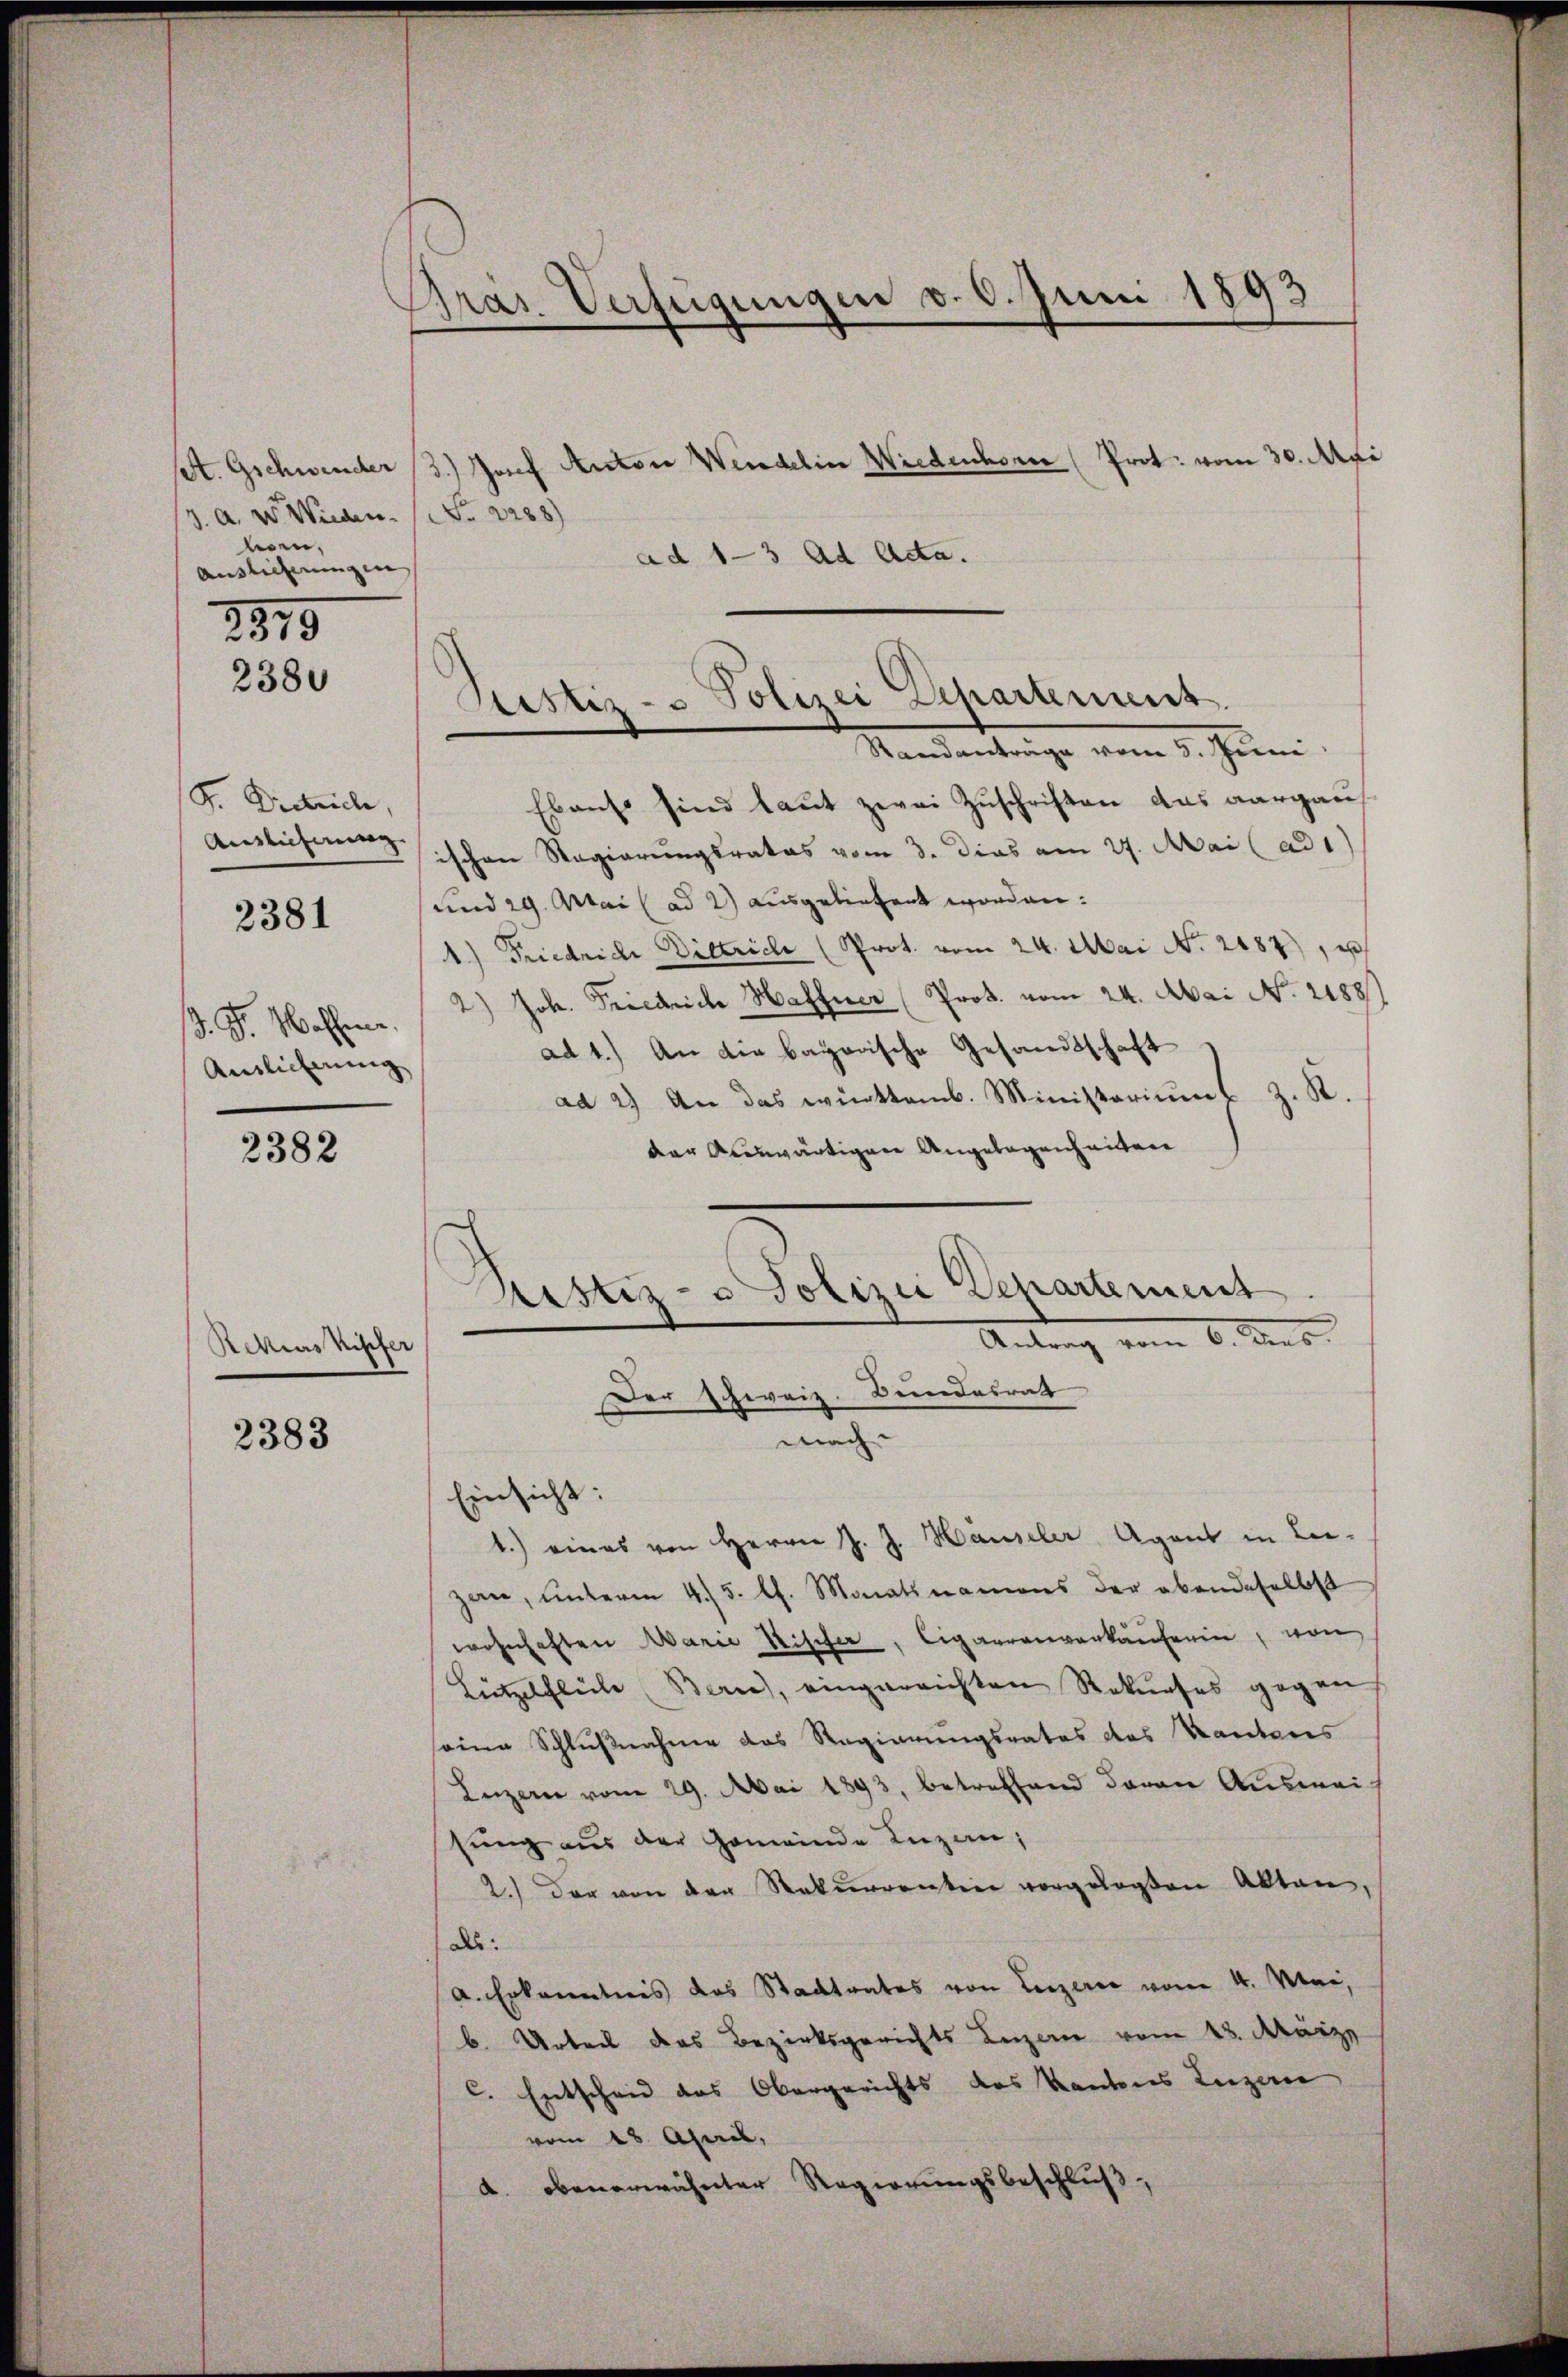
/3. a. W. Wieden Fr. 1288)
lesen,
Auslieferungen
1875

2380

S. Dietrich,
Auslieferung
2381

d. J. Wahlen.
Anslicherung

2382

Ackius Kipfer

2383

Gras. Verfügungen v. 6. Juni 1893

set. Gschwender 3.) Josef Anton Wendelin Wiedenchore Prot. vom 30. Mai
ad 1-3 Ad Acta.

Sistiz- & Polizei Departement.
Mandantenige vom 3. Juni

Ebenso sind laut zwei Zuschriften das aargaus
ischen Regierungsrates vom 3. Dies am 27. Mai (ad 1)
und 29. Mai (ad 2) ausgeliefert worden:
1.) Friedrich Dittrich (Prot. vom 24. Mai No 2187), u
2.) Joh. Friedriche Hafner Prot. vom 24. Mai No. 21881,
ad 1.) An die bayerische Gesandtschaft
ad 2.) An das württemb. Ministeriums z. R.
der Auswärtigen Angelegenheiten
mach
Einsicht:
1.) eines von Herrn J. J. Häuseler, Agent in Lei-
zan, unterm 4. 5. lt. Monatsnamens der obendeselbst
wohnhaften Marie Nischer, Cigarrenverkäuferin, von
Lützelfliche Berne), eingereichten Rekurses gegen
seine Schlußnahme des Regierungsrates des Kantons
Luzern vom 29. Mai 1893, betreffend daran Auswei
sung aus der Gemeinde Luzan;
2.) Der von der Rekŭrrenten vorgelegten Akten,
als:
(a. Erkanntnis das Stadtrates von Luzern vom 4. Mai,
b. Urteil das Bezirksgerichts Luzern vom 13. März,
C. Entscheid des Obergerichts des Kantons Luzerne
vom 18. April,
d. obenerwähnter Regierungsbeschluß,

)
Ristiz- & Polizei Departement.
Antrag vom 6. Aus
Der Schweiz. Bundesrath